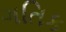
ગતિક